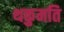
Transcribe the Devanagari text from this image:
थकुमति